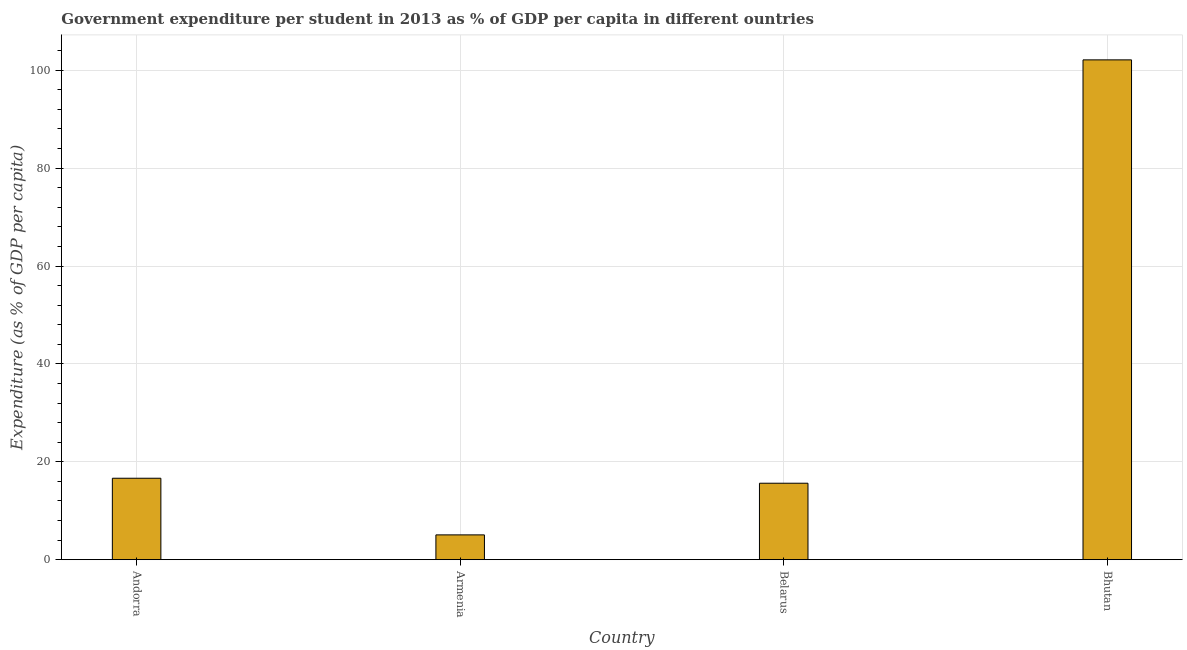
| Country | Government expenditure per tertiary student |
 | --- | --- |
 | Andorra | 16.6 |
 | Armenia | 5.07 |
 | Belarus | 15.6 |
 | Bhutan | 102 |